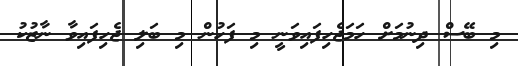
މި ބޭސް ދިނުމަށް ހަމަޖެހިފައިވަނީ މި ފަހުން މި ބަލި ޖެހިފައިވާ ނާޒުކު